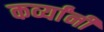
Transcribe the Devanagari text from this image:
कर्व्यांनी